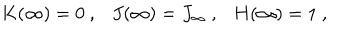
LaTeX: K ( \infty ) = 0 \ , \ \ \ J ( \infty ) = J _ { \infty } \ , \ \ \ H ( \infty ) = 1 \ ,